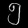
Digit: ၅